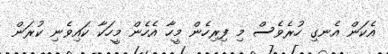
އެކަން އެނގި ހުރެވެސް މި ފިރިހެން މީހާ އެހެން މީހަކާ ކައިވެނި ކުރަން